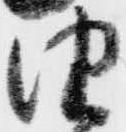
由